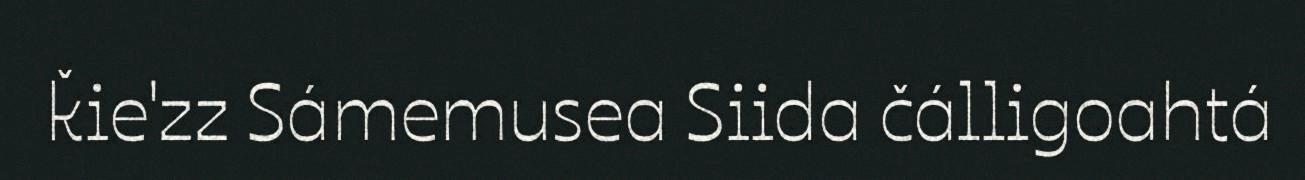
ǩie'zz Sámemusea Siida čálligoahtá